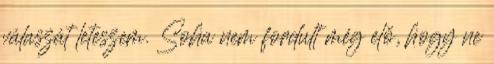
válaszát leteszem. Soha nem fordult még elő, hogy ne